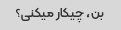
بن، چیکار میکنی؟